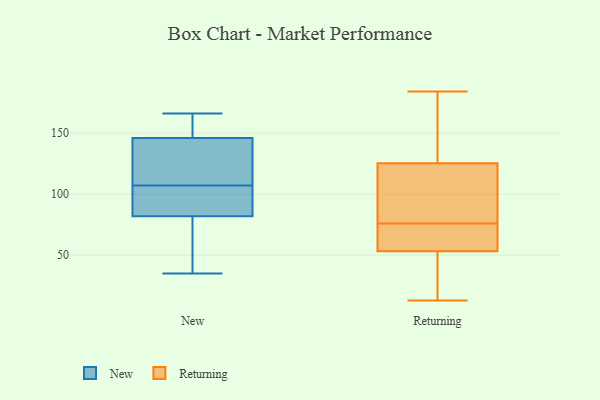
{"axis": {"x": "Revenue (USD Million)", "y": "Value"}, "legend": ["New", "Returning"], "data": [{"x": "", "y": 166, "type": "New"}, {"x": "", "y": 107, "type": "New"}, {"x": "", "y": 144, "type": "New"}, {"x": "", "y": 159, "type": "New"}, {"x": "", "y": 62, "type": "New"}, {"x": "", "y": 86, "type": "New"}, {"x": "", "y": 93, "type": "New"}, {"x": "", "y": 107, "type": "New"}, {"x": "", "y": 100, "type": "New"}, {"x": "", "y": 35, "type": "New"}, {"x": "", "y": 70, "type": "New"}, {"x": "", "y": 124, "type": "New"}, {"x": "", "y": 152, "type": "New"}, {"x": "", "y": 184, "type": "Returning"}, {"x": "", "y": 87, "type": "Returning"}, {"x": "", "y": 76, "type": "Returning"}, {"x": "", "y": 70, "type": "Returning"}, {"x": "", "y": 18, "type": "Returning"}, {"x": "", "y": 61, "type": "Returning"}, {"x": "", "y": 54, "type": "Returning"}, {"x": "", "y": 137, "type": "Returning"}, {"x": "", "y": 51, "type": "Returning"}, {"x": "", "y": 13, "type": "Returning"}, {"x": "", "y": 84, "type": "Returning"}, {"x": "", "y": 123, "type": "Returning"}, {"x": "", "y": 54, "type": "Returning"}, {"x": "", "y": 132, "type": "Returning"}, {"x": "", "y": 13, "type": "Returning"}, {"x": "", "y": 104, "type": "Returning"}, {"x": "", "y": 165, "type": "Returning"}]}